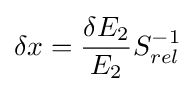
\delta x={\frac {\delta E_{2}}{E_{2}}}S_{rel}^{-1}